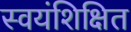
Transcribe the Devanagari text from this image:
स्वयंशिक्षित